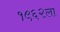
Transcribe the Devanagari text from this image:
१९६२ला